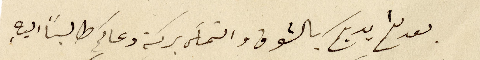
بعد لثم ايديكم بالشوق والتماسَ بركة دعاكم طالباً اليه،